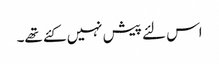
اس لئے پیش نہیں کئے تھے۔